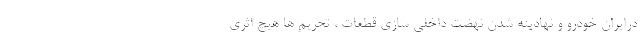
درایران خودرو و نهادینه شدن نهضت داخلی سازی قطعات ، تحریم ها هیچ اثری